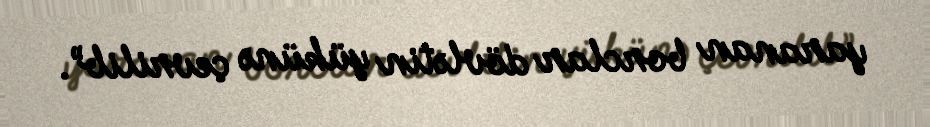
yaranan borclar dövlətin yükünə çevrilib”.